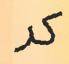
كر